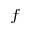
^ { f }